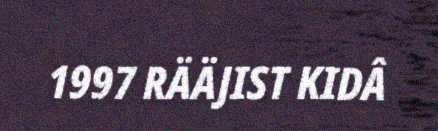
1997 RÄÄJIST KIDÂ